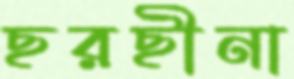
ছরছীনা